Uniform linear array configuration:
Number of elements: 16
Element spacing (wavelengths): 0.25
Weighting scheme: hann
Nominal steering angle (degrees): -15
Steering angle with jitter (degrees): -13.843
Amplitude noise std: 0.05
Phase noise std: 0.05

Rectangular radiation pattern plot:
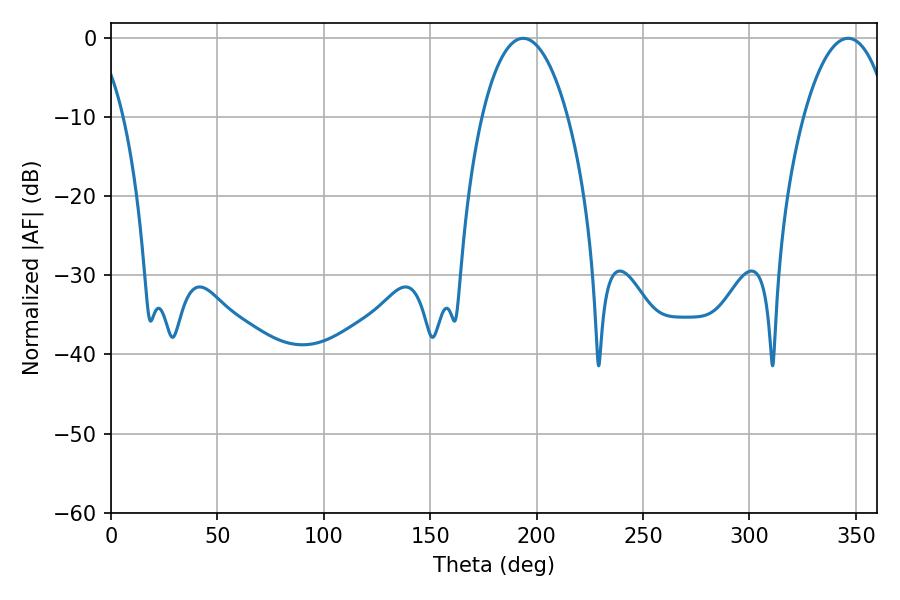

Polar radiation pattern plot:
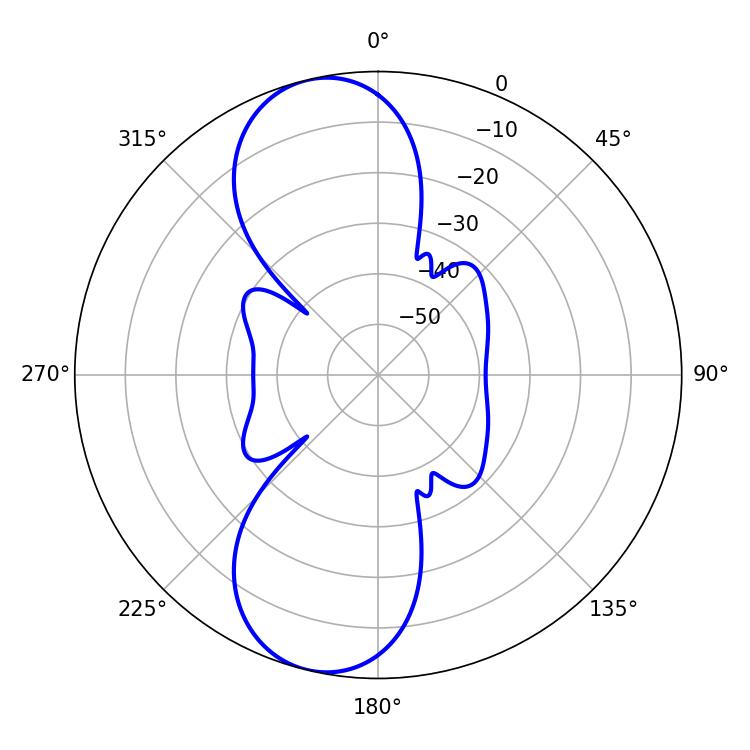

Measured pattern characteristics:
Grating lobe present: FALSE
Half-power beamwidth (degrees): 22.5
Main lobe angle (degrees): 193.68